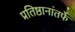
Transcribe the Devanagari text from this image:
प्रतिष्ठानांतर्फे